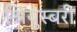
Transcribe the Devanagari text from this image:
श्रियुस्बरी